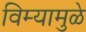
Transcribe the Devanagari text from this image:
विम्यामुळे